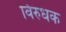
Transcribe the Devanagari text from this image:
विरुधक